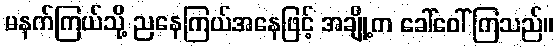
မနက်ကြယ်သို့ ညနေကြယ်အနေဖြင့် အချို့က ခေါ်ဝေါ်ကြသည်။